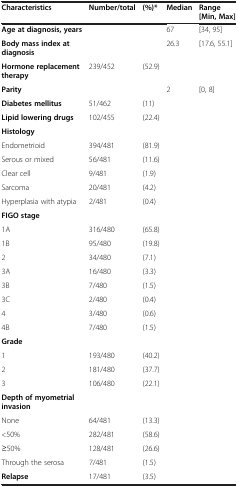
<table><thead><tr><td><b>Characteristics</b></td><td><b>Number/total</b></td><td><b>(%)*</b></td><td><b>Median</b></td><td><b>Range [Min, Max]</b></td></tr></thead><tbody><tr><td><b>Age at diagnosis, years</b></td><td> </td><td> </td><td>67</td><td>[34, 95]</td></tr><tr><td><b>Body mass index at diagnosis</b></td><td> </td><td> </td><td>26.3</td><td>[17.6, 55.1]</td></tr><tr><td><b>Hormone replacement therapy</b></td><td>239/452</td><td>(52.9)</td><td> </td><td> </td></tr><tr><td><b>Parity</b></td><td> </td><td> </td><td>2</td><td>[0, 8]</td></tr><tr><td><b>Diabetes mellitus</b></td><td>51/462</td><td>(11)</td><td> </td><td> </td></tr><tr><td><b>Lipid lowering drugs</b></td><td>102/455</td><td>(22.4)</td><td> </td><td> </td></tr><tr><td><b>Histology</b></td><td> </td><td> </td><td> </td><td> </td></tr><tr><td>Endometrioid</td><td>394/481</td><td>(81.9)</td><td> </td><td> </td></tr><tr><td>Serous or mixed</td><td>56/481</td><td>(11.6)</td><td> </td><td> </td></tr><tr><td>Clear cell</td><td>9/481</td><td>(1.9)</td><td> </td><td> </td></tr><tr><td>Sarcoma</td><td>20/481</td><td>(4.2)</td><td> </td><td> </td></tr><tr><td>Hyperplasia with atypia</td><td>2/481</td><td>(0.4)</td><td> </td><td> </td></tr><tr><td><b>FIGO stage</b></td><td> </td><td> </td><td> </td><td> </td></tr><tr><td>1A</td><td>316/480</td><td>(65.8)</td><td> </td><td> </td></tr><tr><td>1B</td><td>95/480</td><td>(19.8)</td><td> </td><td> </td></tr><tr><td>2</td><td>34/480</td><td>(7.1)</td><td> </td><td> </td></tr><tr><td>3A</td><td>16/480</td><td>(3.3)</td><td> </td><td> </td></tr><tr><td>3B</td><td>7/480</td><td>(1.5)</td><td> </td><td> </td></tr><tr><td>3C</td><td>2/480</td><td>(0.4)</td><td> </td><td> </td></tr><tr><td>4</td><td>3/480</td><td>(0.6)</td><td> </td><td> </td></tr><tr><td>4B</td><td>7/480</td><td>(1.5)</td><td> </td><td> </td></tr><tr><td><b>Grade</b></td><td> </td><td> </td><td> </td><td> </td></tr><tr><td>1</td><td>193/480</td><td>(40.2)</td><td> </td><td> </td></tr><tr><td>2</td><td>181/480</td><td>(37.7)</td><td> </td><td> </td></tr><tr><td>3</td><td>106/480</td><td>(22.1)</td><td> </td><td> </td></tr><tr><td><b>Depth of myometrial invasion</b></td><td> </td><td> </td><td> </td><td> </td></tr><tr><td>None</td><td>64/481</td><td>(13.3)</td><td> </td><td> </td></tr><tr><td>&lt;50%</td><td>282/481</td><td>(58.6)</td><td> </td><td> </td></tr><tr><td>≥50%</td><td>128/481</td><td>(26.6)</td><td> </td><td> </td></tr><tr><td>Through the serosa</td><td>7/481</td><td>(1.5)</td><td> </td><td> </td></tr><tr><td><b>Relapse</b></td><td>17/481</td><td>(3.5)</td><td> </td><td> </td></tr></tbody></table>